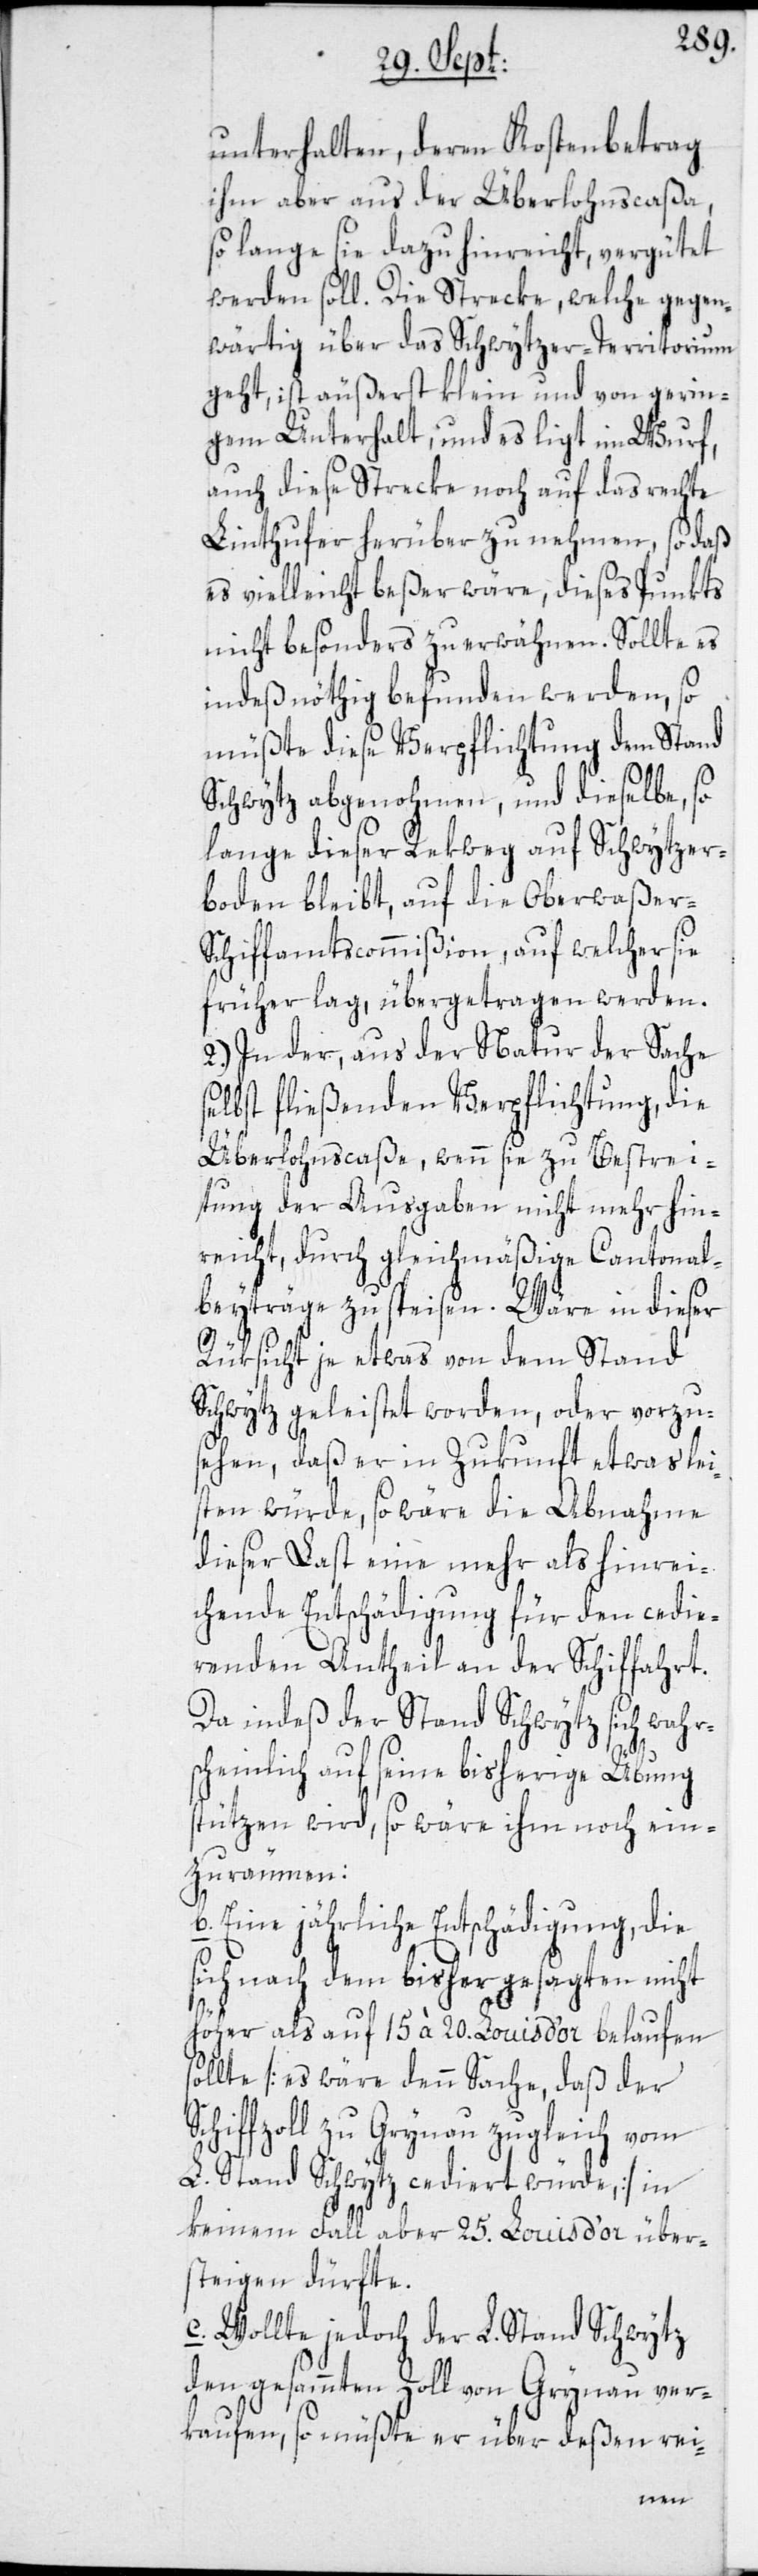
unterhalten, deren Kostenbetrag
ihm aber aus der Überlohnscaßa,
so lange sie dazu hinreicht, vergütet
werden soll. Die Strecke, welche gegen¬
wärtig über das Schwytzer-Territorium
geht, ist äußerst klein und von gerin¬
gem Unterhalt, und es ligt im Wurf,
auch diese Strecke noch auf das rechte
Linthufer herüber zu nehmen, so daß
es vielleicht beßer wäre, dieses Punkts
nicht besonders zu erwähnen. Sollte es
indeß nöthig befunden werden, so
müßte diese Verpflichtung dem Stand
Schwytz abgenohmen, und dieselbe, so
lange dieser Rekweg auf Schwytzer¬
boden bleibt, auf die Oberwaßer-S¬
chiffamtscommißion, auf welcher sie
früher lag, übergetragen werden.
2.) In der, aus der Natur der Sache
bst fließenden Verpflichtung, die
Überlohnscaßa, wenn sie zu Bestrei¬
tung der Ausgaben nicht mehr hin¬
reicht, durch gleichmäßige Cantonal¬
beyträge zu speisen. Wäre in dieser
S¬
Rüksicht je etwas von dem Stand
Schwytz geleistet worden, oder vorzu¬
sehen, daß er in Zukunft etwas lei¬
sten würde, so wäre die Abnahme
dieser Last eine mehr als hinrei¬
chende Entschädigung für den cedie¬
renden Antheil an der Schiffahrt.
Da indeß der Stand Schwytz sich wahrs¬
sel¬
cheinlich auf seine bisherige Übung
stützen wird, so wäre ihm noch ein¬
zuräumen:
b. Eine jährliche Entschädigung, die
sich nach dem bisher gesagten nicht
höher als auf 15 à 20. Louis d’or belaufen
sollte [es wäre denn Sache, daß der
chiffzoll zu Grynau zugleich vom
L. Stand Schwytz cediert würde,] in
keinem Fall aber 25. Louis d’or über¬
steigen dürfte.
c. Wollte jedoch der L. Stand Schwytz
den gesammten Zoll von Grynau ver¬
kaufen, so müßte er über deßen rei-